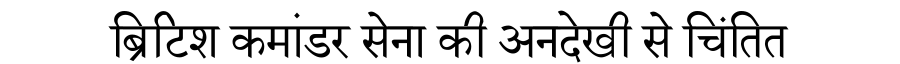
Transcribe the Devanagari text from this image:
ब्रिटिश कमांडर सेना की अनदेखी से चिंतित